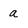
Character: a